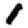
Digit: 1